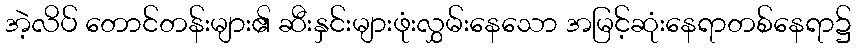
အဲ့လိပ် တောင်တန်းများ၏ ဆီးနှင်းများဖုံးလွှမ်းနေသော အမြင့်ဆုံးနေရာတစ်နေရာ၌